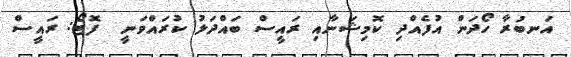
އަނބުރާ ހޯދަން އުފެއްދި ކޮމިޝަނާއި ރައީސް ބައްދަލު ކުރައްވަނީ  ފޮޓޯ: ރައީސް